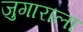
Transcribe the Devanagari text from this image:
जुगाराला